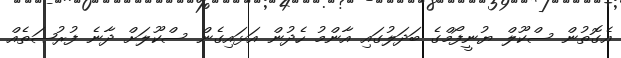
އެގޮތުން ސްކޫލް ޔުނީފޯމްގެ ބަދަލުގައި އާންމު ހެދުން އަޅައިގެން ސްކޫލަށް ދާނެ ފުރުޞަތެއް